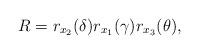
LaTeX: \begin{align*}R=r_{x_2}(\delta)r_{x_1}(\gamma)r_{x_3}(\theta),\end{align*}